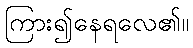
ကြား၍နေရလေ၏။